Civil Veterinary Dept. Bombay admin report 1893-99 - 1893-1899
Year: 1893
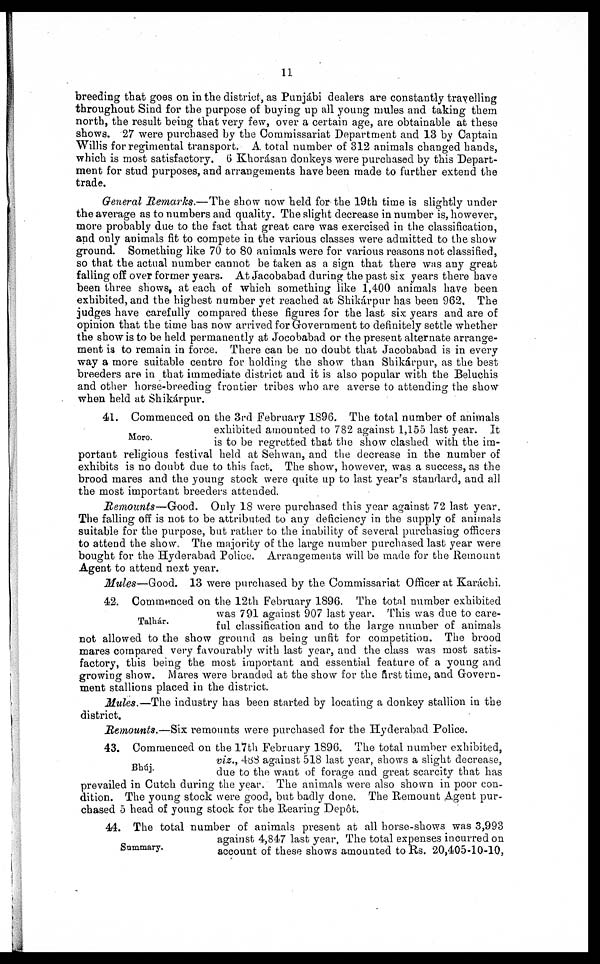
11
breeding that goes on in the district, as Punjabi dealers are constantly travelling
throughout Sind for the purpose of buying up all young mules and taking them
north, the result being that very few, over a certain age, are obtainable at these
shows. 27 were purchased by the Commissariat Department and 13 by Captain
Willis for regimental transport. A total number of 312 animals changed hands,
which is most satisfactory. 6 Khorásan donkeys were purchased by this Depart-
ment for stud purposes, and arrangements have been made to further extend the
trade.
General Remarks.—The show now held for the 19th time is slightly under
the average as to numbers and quality. The slight decrease in number is, however,
more probably due to the fact that great care was exercised in the classification,
and only animals fit to compete in the various classes were admitted to the show
ground. Something like 70 to 80 animals were for various reasons not classified,
so that the actual number cannot be taken as a sign that there was any great
falling off over former years. At Jacobabad during the past six years there have
been three shows, at each of which something like 1,400 animals have been
exhibited, and the highest number yet reached at Shikárpur has been 962. The
judges have carefully compared these figures for the last six years and are of
opinion that the time has now arrived for Government to definitely settle whether
the show is to be held permanently at Jocobabad or the present alternate arrange-
ment is to remain in force. There can be no doubt that Jacobabad is in every
way a more suitable centre for holding the show than Shikárpur, as the best
breeders are in that immediate district and it is also popular with the Beluchis
and other horse-breeding frontier tribes who are averse to attending the show
when held at Shikárpur.
Moro.
41. Commenced on the 3rd February 1896. The total number of animals
exhibited amounted to 782 against 1,155 last year. It
is to be regretted that the show clashed with the im-
portant religious festival held at Sehwan, and the decrease in the number of
exhibits is no doubt due to this fact. The show, however, was a success, as the
brood mares and the young stock were quite up to last year's standard, and all
the most important breeders attended.
Remounts—Good.
Only 18 were purchased this year against 72 last year.
The falling off is not to be attributed to any deficiency in the supply of animals
suitable for the purpose, but rather to the inability of several purchasing officers
to attend the show. The majority of the large number purchased last year were
bought for the Hyderabad Police. Arrangements will be made for the Remount
Agent to attend next year.
Mules—Good.
13 were purchased by the Commissariat Officer at Karáchi.
Talhár.
42. Commenced on the 12th February 1896. The total number exhibited
was 791 against 907 last year. This was due to care-
ful classification and to the large number of animals
not allowed to the show ground as being unfit for competition. The brood
mares compared very favourably with last year, and the class was most satis-
factory, this being the most important and essential feature of a young and
growing show. Mares were branded at the show for the first time, and Govern-
ment stallions placed in the district.
Mules.—The industry has been started by locating a donkey stallion in the
district.
Remounts.—Six remounts were purchased for the Hyderabad Police.
Bhúj.
43. Commenced on the 17th February 1896. The total number exhibited,
viz., 488 against 518 last year, shows a slight decrease,
due to the want of forage and great scarcity that has
prevailed in Cutch during the year. The animals were also shown in poor con-
dition. The young stock were good, but badly done. The Remount Agent pur-
chased 5 head of young stock for the Rearing Depôt.
Summary.
44. The total number of animals present at all horse-shows was 3,993
against 4,847 last year. The total expenses incurred on
account of these shows amounted to Rs. 20,405-10-10,